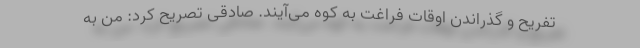
تفریح و گذراندن اوقات فراغت به کوه می‌آیند. صادقی تصریح کرد: من به